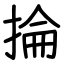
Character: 掄